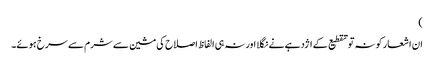
)
ان اشعار کو نہ تو تقطیع کے اژدہے نے نگلا اور نہ ہی الفاظ اصلاح کی مشین سے شرم سے سرخ ہوئے۔